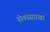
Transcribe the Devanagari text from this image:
ढोकासारखा